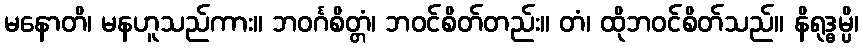
မနောတိ၊ မနဟူသည်ကား။ ဘဝင်္ဂစိတ္တံ၊ ဘဝင်စိတ်တည်း။ တံ၊ ထိုဘဝင်စိတ်သည်။ နိရုဒ္ဓမ္ပိ၊